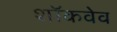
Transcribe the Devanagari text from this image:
शॉकवेव